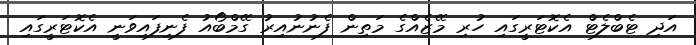
އަދި ޓެބްލެޓް އެކޮޓަރީގައި ހުރި މޭޒެއްގެ މަތިން ފެނުނުއިރު ގޭމްބޯއު ފެނިފައިވަނީ އެކޮޓަރީގައި